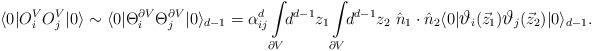
LaTeX: \begin{align*} \langle 0|O_i^{V}O_j^{V}|0\rangle \sim \langle 0|\Theta_i^{\partial V}\Theta_j^{\partial V}|0\rangle_{d-1}= \alpha^d_{ij} \int\limits_{\partial V}\!\! d^{d-1} z_1 \int\limits_{\partial V}\!\! d^{d-1} z_2~\hat n_1 \cdot\hat n_2 \langle 0|\hbox{\large$\vartheta$}_i(\vec{z}_1) \hbox{\large$\vartheta$}_j(\vec{z}_2)|0\rangle_{d-1}.\end{align*}